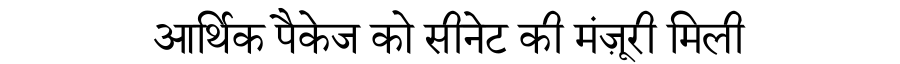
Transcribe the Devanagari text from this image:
आर्थिक पैकेज को सीनेट की मंज़ूरी मिली